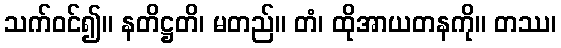
သက်ဝင်၍။ နတိဋ္ဌတိ၊ မတည်။ တံ၊ ထိုအာယတနကို။ တဿ၊